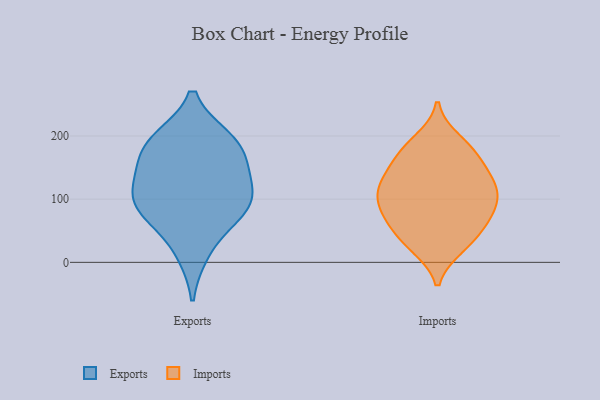
{"axis": {"x": "Humidity (%)", "y": "Value"}, "legend": ["Exports", "Imports"], "data": [{"x": "", "y": 98, "type": "Exports"}, {"x": "", "y": 96, "type": "Exports"}, {"x": "", "y": 184, "type": "Exports"}, {"x": "", "y": 117, "type": "Exports"}, {"x": "", "y": 73, "type": "Exports"}, {"x": "", "y": 77, "type": "Exports"}, {"x": "", "y": 15, "type": "Exports"}, {"x": "", "y": 143, "type": "Exports"}, {"x": "", "y": 194, "type": "Exports"}, {"x": "", "y": 153, "type": "Exports"}, {"x": "", "y": 195, "type": "Exports"}, {"x": "", "y": 114, "type": "Imports"}, {"x": "", "y": 193, "type": "Imports"}, {"x": "", "y": 87, "type": "Imports"}, {"x": "", "y": 163, "type": "Imports"}, {"x": "", "y": 139, "type": "Imports"}, {"x": "", "y": 126, "type": "Imports"}, {"x": "", "y": 81, "type": "Imports"}, {"x": "", "y": 32, "type": "Imports"}, {"x": "", "y": 180, "type": "Imports"}, {"x": "", "y": 114, "type": "Imports"}, {"x": "", "y": 28, "type": "Imports"}, {"x": "", "y": 89, "type": "Imports"}, {"x": "", "y": 24, "type": "Imports"}, {"x": "", "y": 154, "type": "Imports"}, {"x": "", "y": 112, "type": "Imports"}, {"x": "", "y": 68, "type": "Imports"}, {"x": "", "y": 120, "type": "Imports"}, {"x": "", "y": 55, "type": "Imports"}, {"x": "", "y": 179, "type": "Imports"}, {"x": "", "y": 66, "type": "Imports"}]}